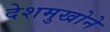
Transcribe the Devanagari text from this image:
देशमुखोने